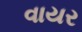
વાયર